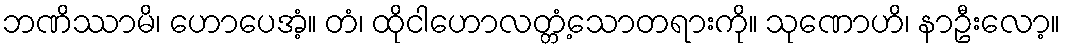
ဘဏိဿာမိ၊ ဟောပေအံ့။ တံ၊ ထိုငါဟောလတ္တံ့သောတရားကို။ သုဏောဟိ၊ နာဦးလော့။